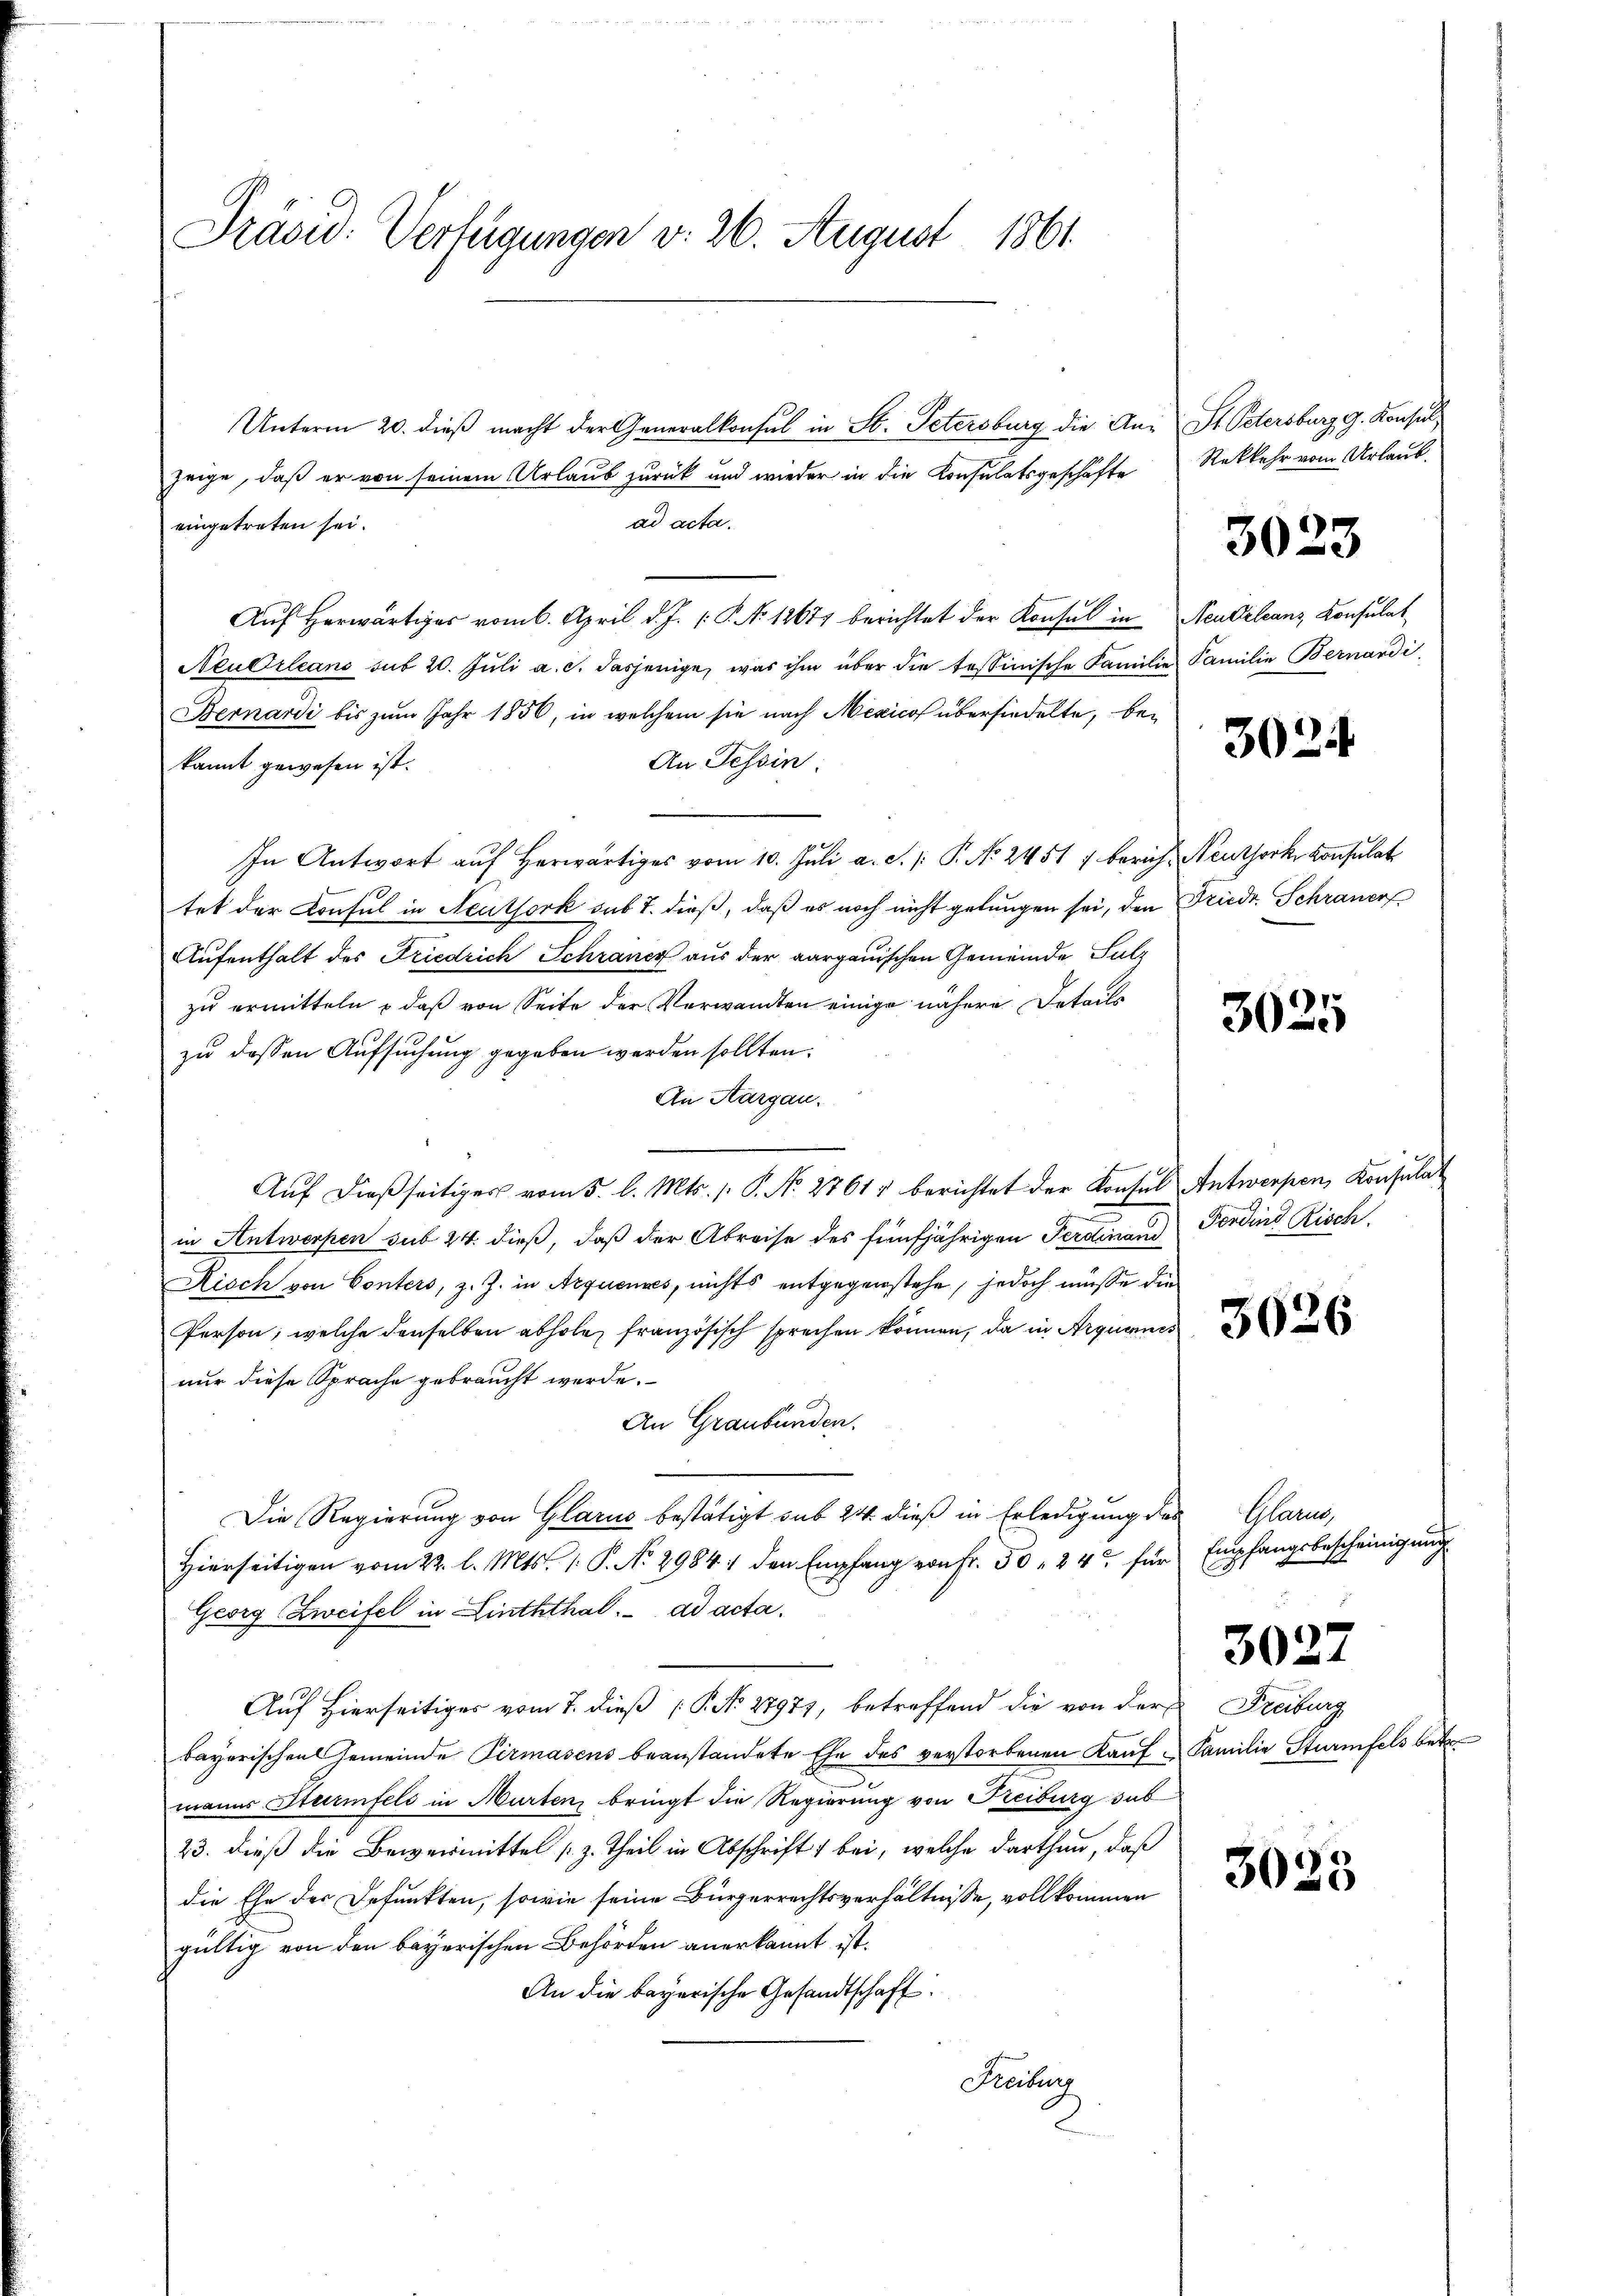
Präsid. Verfügungen v. 26. August 1861

Unterm 20. dieß macht der Generalkonsul in St. Petersburg die Anzeige, daß er von seinem Urlaub zurück und wieder in die Konsulatsgeschäfte
ad acta.
eingetreten sei.
Auf herwärtiger vom 6. April d. J. P. No 12671 berichtet der Konsul in Neubeleans Konsulat
Neudrleans sub 20. Jŭli a. c. dasjenige, was ihm über die tessinische Familie Familie Bernardi¬
Bernardi bis zum Jahr 1856, in welchem sie nach Mexicos übersiedelte, be¬
An Tessin
kannt gewesen ist.
In Antwort aŭf herwärtiges vom 10. Jŭli a. c. |: P. No 24517 berich, Neuthork, Konsulat
tet der Consul in Neuthork sub T. dieß, daß es noch nicht gelungen sei, den Friedr. Schraner
Aufenthalt des Friedrich Schrance aus der aargauischen Gemeinde Sulz
zu ermitteln – daß von Seite der Verwandten einige nähere Details
zu dessen Aufsuchung gegeben werden sollten.
An Aargau.
Auf dießseitiges vom 5. l. Mts. /: P. No. 2761 berichtet der Kontel Antwerpen, Konsula¬

in Antwerpen sub 24. dieß, daß der Abreise des fünfjährigen Ferdinand Fordent Risch.
Risch von Conters, z. Z. in Aequenses, nichts entgegenstehe, jedoch müsse die
Person, welche denselben abhole, französisch sprechen können, da in Arquames
nur diese Sprache gebraucht werde.
An Graubünden.
Die Regierung von Glarus bestätigt sub 24 dieß in Erledigung des Glarus,
Hierseitigen vom 22. l. Mts. 1. P. No 2984. den Empfang von Fr. 50, 24 für
Georg Zweifel in Linththal. ad acta.
Auf Hierseitiges vom 7. dieß P. No 27971, betreffend die von der Freiburg
bayerischen Gemeinde Pirmasens beanstandete Ehe des verstorbenen Kaŭf u Familie Sturmfels betr.
manns Sturmfels in Murten bringt die Regierung von Freiburg sub
23. dieß die Beweismittel [z. Theil in Abschrift 1 bei, welche darthan, daß
die Ehe der Befunkten, sowie seine Bürgerrechtsverhältnisse, vollkommen
gültig von den bayerischen Behörden anerkannt ist.
An die bayerische Gesandtschaft.
Freiburg

St. Petersburg g. Konsul
Rükkehr vom Urlaub.

3023

3024

3025

3026

Empfangsbescheinigung

3027

3023